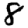
Digit: 8